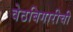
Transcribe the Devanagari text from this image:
वेठबिगारीची